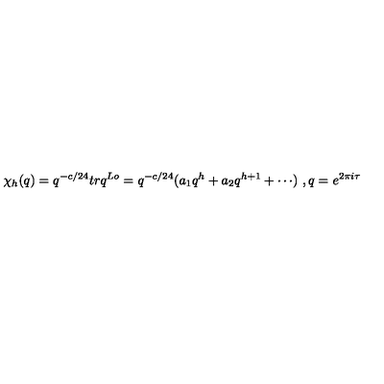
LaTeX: \chi _ { h } ( q ) = q ^ { - c / 2 4 } t r q ^ { L o } = q ^ { - c / 2 4 } ( a _ { 1 } q ^ { h } + a _ { 2 } q ^ { h + 1 } + \cdots ) \ , q = e ^ { 2 \pi i \tau }